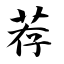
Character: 荐